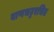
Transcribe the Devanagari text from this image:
बाणभट्टरचित